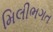
મિલીભગત